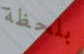
بلحظة